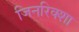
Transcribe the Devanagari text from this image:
जिनरिक्शा